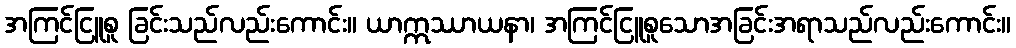
အကြင်ငြူစူ ခြင်းသည်လည်းကောင်း။ ယာဣဿာယနာ၊ အကြင်ငြူစူသောအခြင်းအရာသည်လည်းကောင်း။